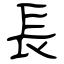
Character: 長